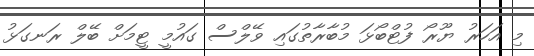
މި އަހަރު ޔޫރޯ ފުޓްބޯޅަ މުބާރާތުގައި ވޭލްސް ގައުމީ ޓީމަށް ބޭލް ރަނގަޅު